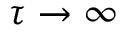
\tau \to \infty